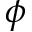
\phi